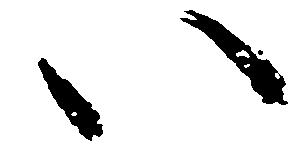
い